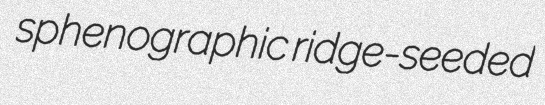
sphenographic ridge-seeded